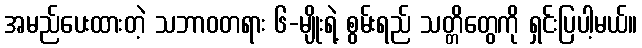
အမည်ပေးထားတဲ့ သဘာဝတရား ၆-မျိုးရဲ့ စွမ်းရည် သတ္တိတွေကို ရှင်းပြပါ့မယ်။